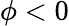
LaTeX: \phi<0